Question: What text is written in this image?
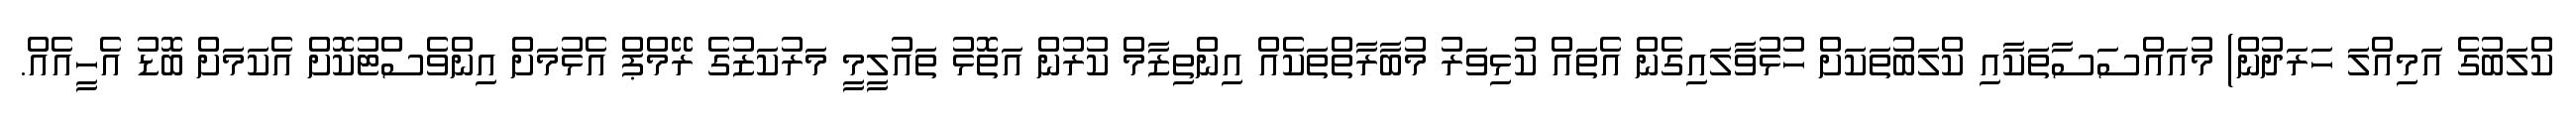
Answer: ކްލަބުގެ އަމިއްލަ ހަރަދުން) މުއައްސަސާތަކާއި ކްލަބުތަކަށް ހުޅުވާލައިގެން އެތައް ކުޅިވަރު މުބާރާތްތަކެއް އިންތިޒާމް ކުރުން އަތޮޅު ތައުލީމީ މަރުކަޒުގެ ރޭމްޕް އެޅުމަށް އިންވެސްޓުކޮށް އެކަމަށް ބޮޑު އެހީއެއް.